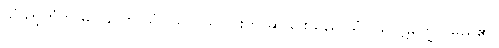
သံဃာ့ကံကို မပြုနိုင်ဟု သံဝါသ ပယ်ခြင်းကို ဆိုခြင်းသည် သံဝါသပ္ပဋိက္ခေပ မည်၏။